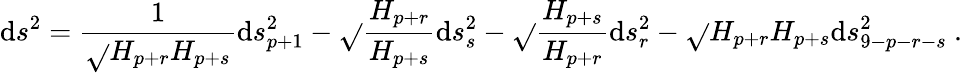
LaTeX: \mathrm{d}s^{2}={\frac{{1}}{{\sqrt{}{{H_{p+r}H_{p+s}}}}}}\mathrm{d}s_{p+1}^{2}-\sqrt{}{{{\frac{{H_{p+r}}}{{H_{p+s}}}}}}\mathrm{d}s_{s}^{2}-\sqrt{}{{{\frac{{H_{p+s}}}{{H_{p+r}}}}}}\mathrm{d}s_{r}^{2}-\sqrt{}{{H_{p+r}H_{p+s}}}\mathrm{d}s_{9-p-r-s}^{2}\ .